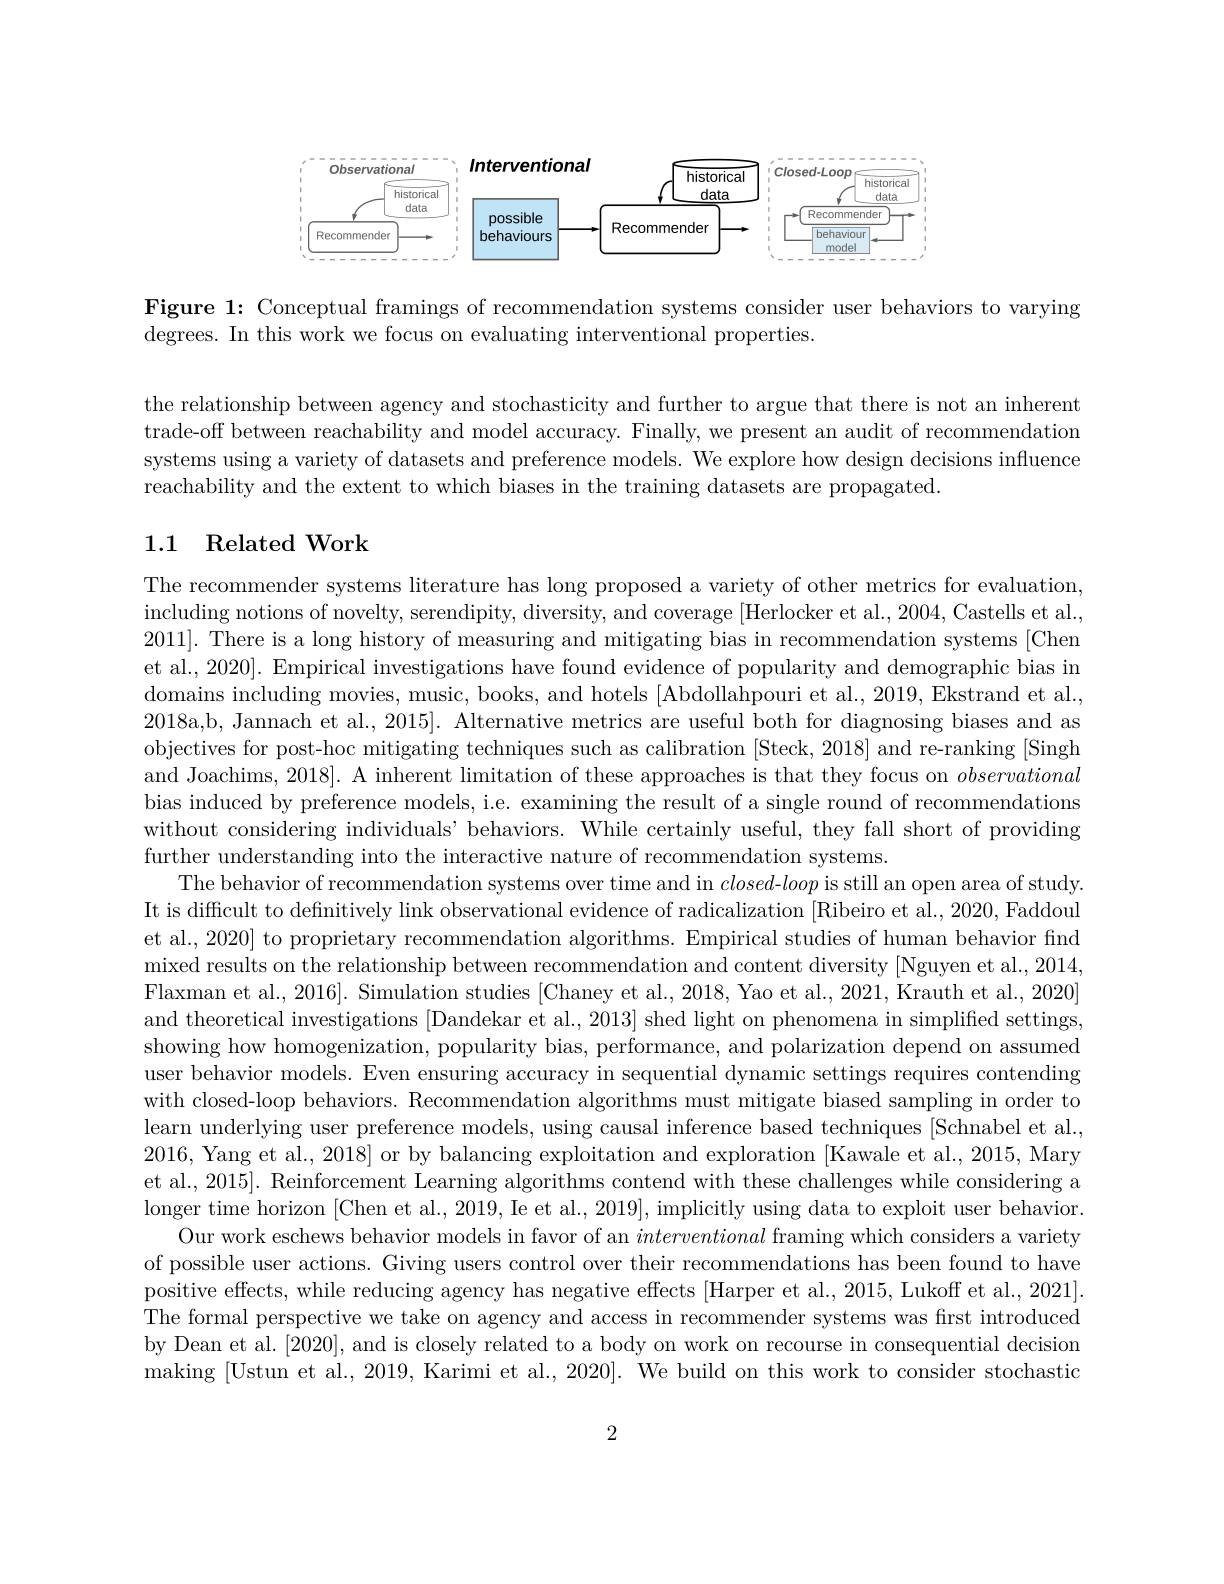
<FigureHere>

Figure 1: Conceptual framings of recommendation systems consider user behaviors to varying
degrees. In this work we focus on evaluating interventional properties.

the relationship between agency and stochasticity and further to argue that there is not an inherent trade-off between reachability and model accuracy. Finally, we present an audit of recommendation systems using a variety of datasets and preference models. We explore how design decisions influence reachability and the extent to which biases in the training datasets are propagated.

### 1.1 Related Work

The recommender systems literature has long proposed a variety of other metrics for evaluation, including notions of novelty, serendipity, diversity, and coverage [Herlocker et al., 2004, Castells et al., 2011]. There is a long history of measuring and mitigating bias in recommendation systems [Chen et al., 2020]. Empirical investigations have found evidence of popularity and demographic bias in domains including movies, music, books, and hotels [Abdollahpouri et al., 2019, Ekstrand et al., 2018a,b, Jannach et al., 2015]. Alternative metrics are useful both for diagnosing biases and as objectives for post-hoc mitigating techniques such as calibration [Steck, 2018] and re-ranking [Singh] and Joachims, 2018]. A inherent limitation of these approaches is that they focus on observational bias induced by preference models, i.e. examining the result of a single round of recommendations without considering individuals' behaviors. While certainly useful, they fall short of providing further understanding into the interactive nature of recommendation systems
The behavior of recommendation systems over time and in closed-loop is still an open area of study. It is difficult to definitively link observational evidence of radicalization [Ribeiro et al.,2020, Faddoul et al., 2020] to proprietary recommendation algorithms. Empirical studies of human behavior find mixed results on the relationship between recommendation and content diversity [Nguyen et al., 2014, Flaxman et al., 2016]. Simulation studies [Chaney et al., 2018, Yao et al., 2021, Krauth et al., 2020] and theoretical investigations [Dandekar et al., 2013] shed light on phenomena in simplified settings, showing how homogenization, popularity bias, performance, and polarization depend on assumed user behavior models. Even ensuring accuracy in sequential dynamic settings requires contending with closed-loop behaviors. Recommendation algorithms must mitigate biased sampling in order to learn underlying user preference models, using causal inference based techniques [Schnabel et al., 2016, Yang et al., 2018] or by balancing exploitation and exploration [Kawale et al., 2015, Mary et al., 2015]. Reinforcement Learning algorithms contend with these challenges while considering a longer time horizon [Chen et al., 2019, Ie et al., 2019], implicitly using data to exploit user behavior.
Our work eschews behavior models in favor of an interventional framing which considers a variety of possible user actions. Giving users control over their recommendations has been found to have positive effects, while reducing agency has negative effects [Harper et al., 2015, Lukoff et al., 2021]. The formal perspective we take on agency and access in recommender systems was first introduced by Dean et al. [2020], and is closely related to a body on work on recourse in consequential decision making [Ustun et al., 2019, Karimi et al., 2020]. We build on this work to consider stochastic

2